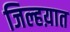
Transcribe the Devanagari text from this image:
जिल्हय़ात